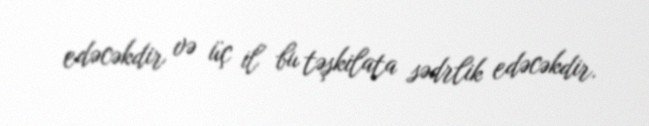
edəcəkdir və üç il bu təşkilata sədrlik edəcəkdir.